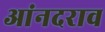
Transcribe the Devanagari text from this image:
आंनदराव